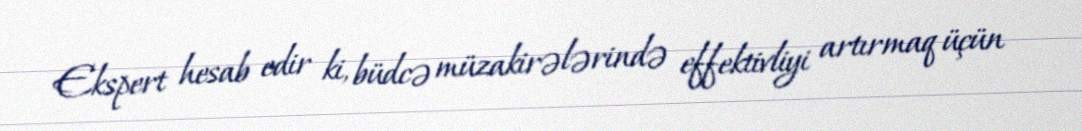
Ekspert hesab edir ki, büdcə müzakirələrində effektivliyi artırmaq üçün